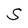
Character: S